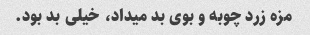
مزه زرد چوبه و بوى بد میداد، خیلى بد بود.